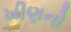
ખીણનો